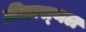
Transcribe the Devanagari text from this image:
क्रीड़ास्‍थल